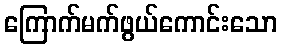
ကြောက်မက်ဖွယ်ကောင်းသော